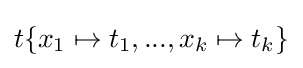
t\{x_{1}\mapsto t_{1},...,x_{k}\mapsto t_{k}\}